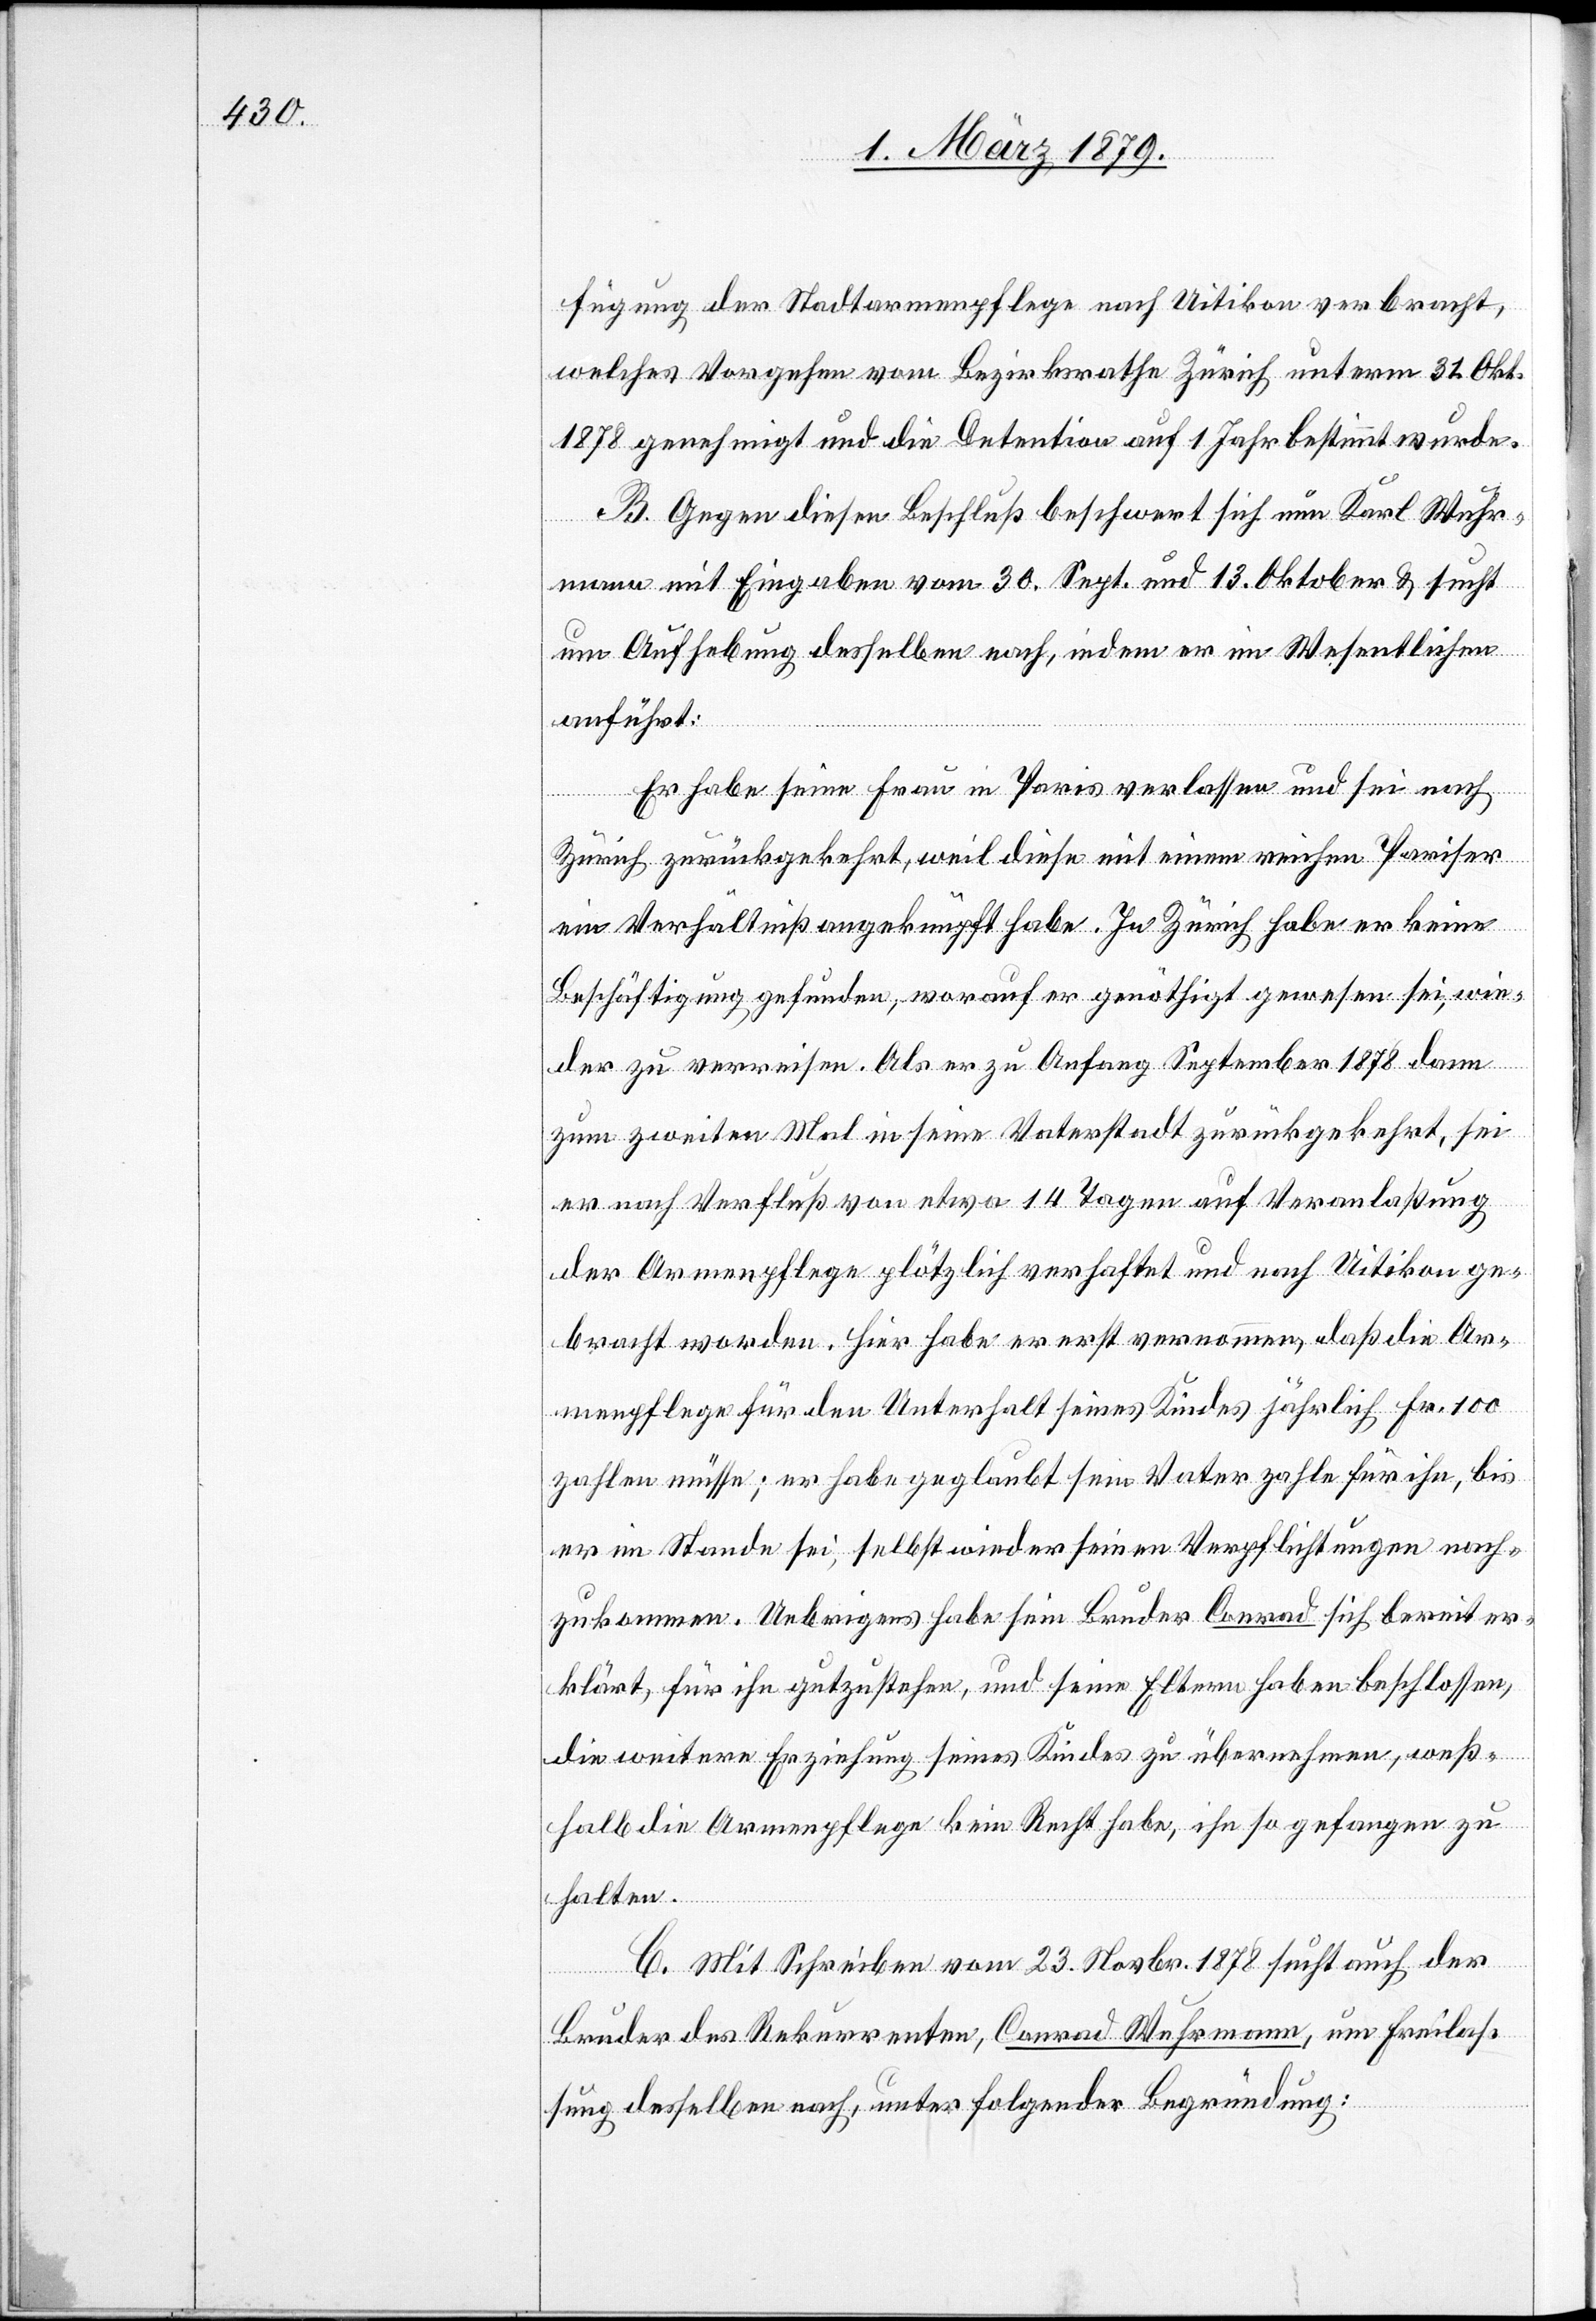
fügung der Stadtarmenpflege nach Uitikon verbracht,
welches Vorgehen vom Bezirksrathe Zürich unterm 31. Okt.
1878 genehmigt und die Detention auf 1 Jahr bestimmt wurde.
B. Gegen diesen Beschluß beschwert sich nun Karl Wuhr¬
mann, mit Eingaben vom 30. Sept. und 13. Oktober & sucht
um Aufhebung desselben nach, indem er im Wesentlichen
anführt:
Er habe seine Frau in Paris verlassen und sei nach
Zürich zurückgekehrt, weil diese mit einem reichen Pariser
ein Verhältniß angeknüpft habe. In Zürich habe er keine
Beschäftigung gefunden, worauf er genöthigt gewesen sei, wie¬
der zu verreisen. Als er zu Anfang September 1878 dann
zum zweiten Mal in seine Vaterstadt zurückgekehrt, sei
er nach Verfluß von etwa 14 Tagen auf Veranlaßung
der Armenpflege plötzlich verhaftet und nach Uitikon ge¬
bracht worden. Hier habe er erst vernommen, daß die Ar¬
menpflege für den Unterhalt seines Kindes jährlich Fr. 100
zahlen müsse; er habe geglaubt sein Vater zahle für ihn, bis
er im Stande sei, selbst wieder seinen Verpflichtungen nach¬
zukommen. Uebrigens habe sein Bruder Conrad sich bereit er¬
klärt, für ihn gutzustehen, und seine Eltern haben beschlossen,
die weitere Erziehung seines Kindes zu übernehmen, weß¬
halb die Armenpflege kein Recht habe, ihn so gefangen zu
halten.
C. Mit Schreiben vom 23. Novbr. 1878 sucht auch der
Bruder des Rekurrenten, Conrad Wuhrmann, um Freilas¬
sung desselben nach, unter folgender Begründung: